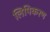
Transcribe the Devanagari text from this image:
लिपिकरण